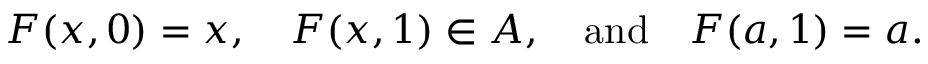
F ( x , 0 ) = x , \quad F ( x , 1 ) \in A , \quad { \mathrm { a n d } } \quad F ( a , 1 ) = a .